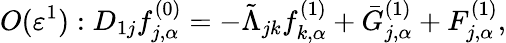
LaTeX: O(\varepsilon^{1}):D_{1j}f_{j,\alpha}^{(0)}=-\tilde{\Lambda}_{jk}f_{k,\alpha}^{(1)}+\bar{G}_{j,\alpha}^{(1)}+F_{j,\alpha}^{(1)},